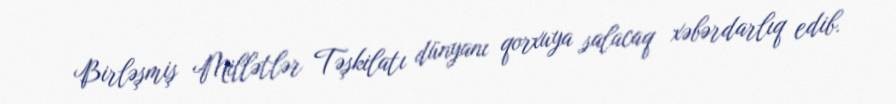
Birləşmiş Millətlər Təşkilatı dünyanı qorxuya salacaq xəbərdarlıq edib.